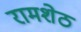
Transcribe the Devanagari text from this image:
रामशेठ